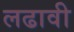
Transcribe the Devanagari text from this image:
लढावी